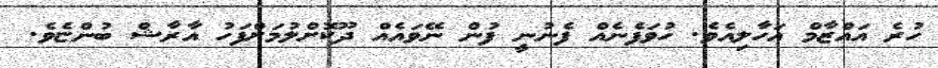
ހުރެ އައްޒާމް އަހާލިއެވެ. ހުވަފެނެއް ފެނުނީ ފުން ނޭވައެއް ދޫކޮށްލުމަށްފަހު އާރާޝް ބުންޏެވެ.